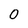
Character: 0